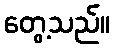
တွေ့သည်။